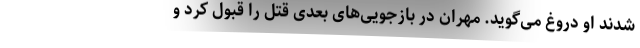
شدند او دروغ می‌گوید. مهران در بازجویی‌های بعدی قتل را قبول کرد و